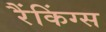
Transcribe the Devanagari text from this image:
रैंकिंग्स